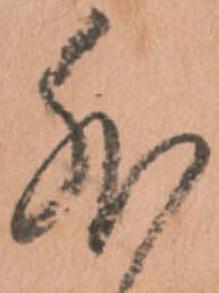
外